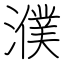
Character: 濮